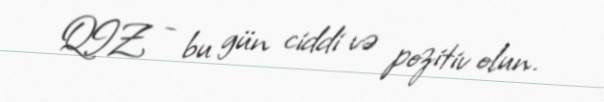
QIZ - bu gün ciddi və pozitiv olun.